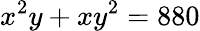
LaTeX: x^{2}y+xy^{2}=880